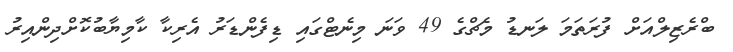
ބްރެޒިލްއަށް ފުރަތަމަ ލަނޑު މެޗްގެ 49 ވަނަ މިނެޓްގައި ޑިފެންޑަރު އެރިކާ ކާމިޔާބުކޮށްދިންއިރު